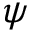
\psi